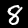
Digit: 8